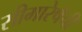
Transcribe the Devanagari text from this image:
सीमारेषेची